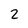
Character: 2